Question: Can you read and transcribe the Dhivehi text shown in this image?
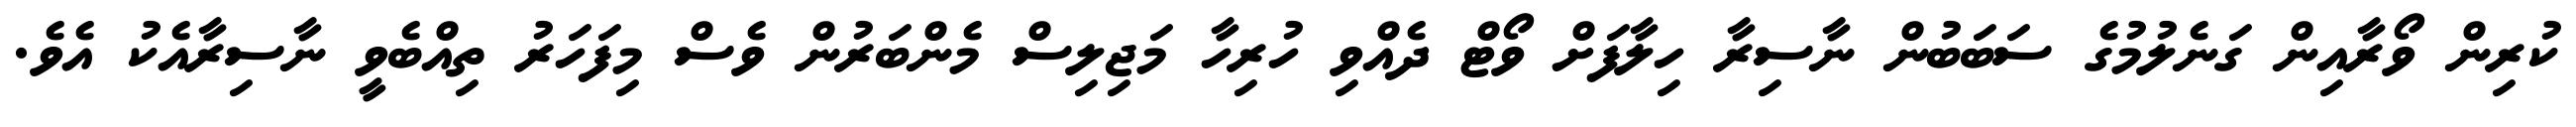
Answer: ކުރިން ވޯރާއިން ގަނެލުމުގެ ސަބަބުން ނާސިރާ ހިލާފަށް ވޯޓް ދެއްވި ހުރިހާ މަޖިލިސް މެންބަރުން ވެސް މިފަހަރު ތިއްބެވީ ނާސިރާއެކު އެވެ.